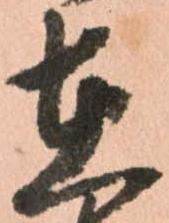
在